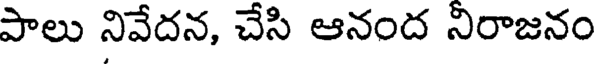
పాలు నివేదన, చేసి ఆనంద నిరాజనం